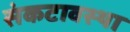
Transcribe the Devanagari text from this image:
संकटावस्था